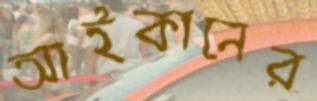
আইকানের